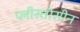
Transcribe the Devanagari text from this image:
प्लीस्तोसीन